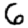
Digit: 6